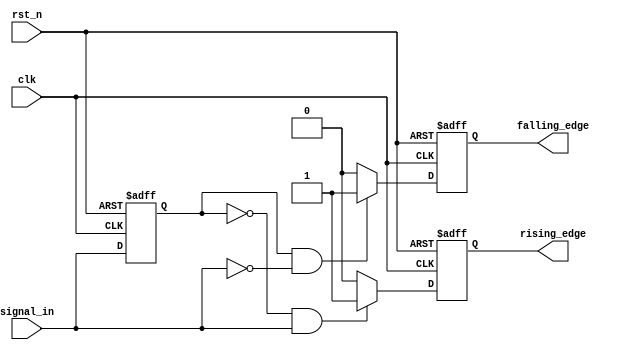
module SchmittTriggerEdgeDetector (
    input wire clk,            // Clock signal for synchronous operation
    input wire rst_n,         // Active low reset
    input wire signal_in,     // Input signal to be monitored
    output reg rising_edge,    // Rising edge output
    output reg falling_edge    // Falling edge output
);

    // Parameters for hysteresis thresholds
    parameter THRESHOLD_LOW = 1'b0;  // Lower threshold
    parameter THRESHOLD_HIGH = 1'b1;  // Upper threshold

    // Memory block to hold the previous state of the input signal
    reg previous_state;

    // Edge detection logic
    always @(posedge clk or negedge rst_n) begin
        if (!rst_n) begin
            // Initialize on reset
            previous_state <= THRESHOLD_LOW;
            rising_edge <= 1'b0;
            falling_edge <= 1'b0;
        end else begin
            // Default outputs
            rising_edge <= 1'b0;
            falling_edge <= 1'b0;

            // Rising edge detection
            if (previous_state == THRESHOLD_LOW && signal_in == THRESHOLD_HIGH) begin
                rising_edge <= 1'b1;  // Rising edge detected
            end

            // Falling edge detection
            if (previous_state == THRESHOLD_HIGH && signal_in == THRESHOLD_LOW) begin
                falling_edge <= 1'b1;  // Falling edge detected
            end

            // Update previous state
            previous_state <= signal_in;
        end
    end

endmodule